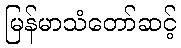
မြန်မာသံတော်ဆင့်